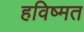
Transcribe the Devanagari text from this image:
हविष्मत